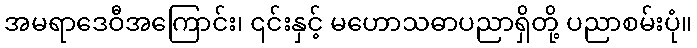
အမရာဒေဝီအကြောင်း၊ ၎င်းနှင့် မဟောသဓာပညာရှိတို့ ပညာစမ်းပုံ။